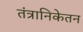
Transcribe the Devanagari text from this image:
तंत्रानिकेतन